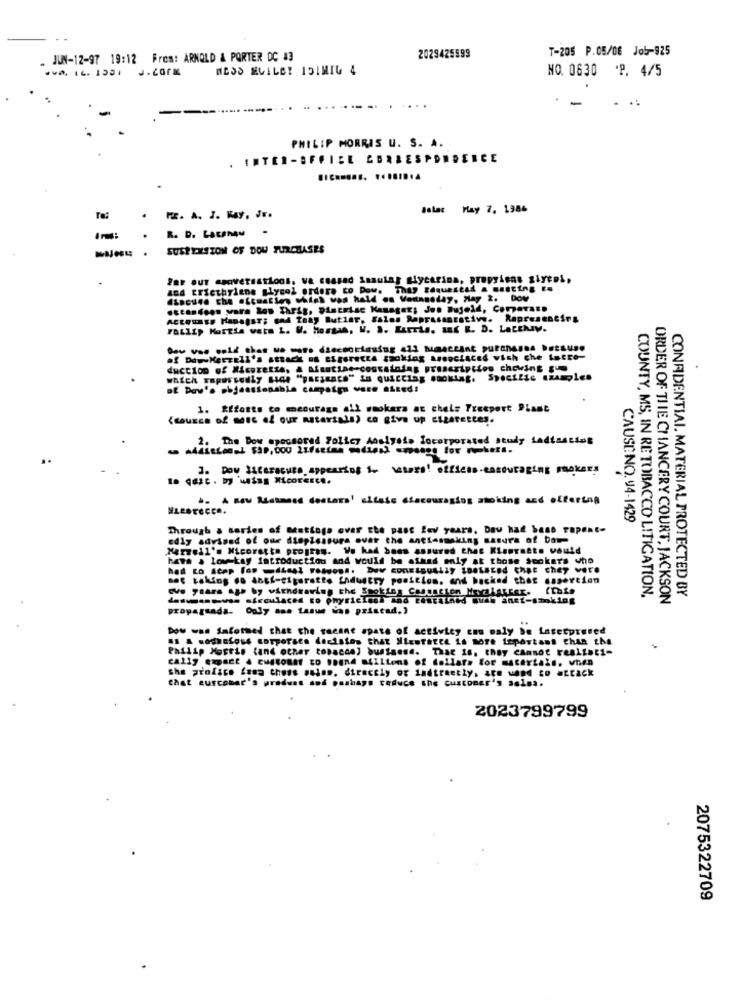
T-205 P.05/06 Job-925
- JUN-12-97 19:12 From: ARNOLD & PORTER DC 43
2029425599
NO. 0630 'P. 4/5
PHILIP MORRIS U. S. A.
. INTER-BFFICE CORRESPONDENCE
......... ........
Solar May 7. 1986
Te:
M. A. J. MAY. J ..
R. D. Lacshou
SUSPENSION OF DOU PURCHASES
Par out seaversations. va ceased Smaulas giycarina, propylene glycol,
and Ericthylene glycol ordore to Dow. They Edqueseat & Busting Es
Estandoon ware low Thris, "semise Manager; Jon Bujeld, Corporano
ACCOUNTS HanaBor; cad tony Butiar, Falon Raprasantetive. Representirs
af DowwMerzell's attack "s esseretta racking areoctaced vish che intro-
duction of Micerette, & Alsstine-containing prescription chowing
which raporsedly side "paramaca" in Quiccing Booking. Specific examples
1. Efforts co mcourage all wmokara at chels Freeport Plast
(source of most of our materials) co give up cigarettes.
2. The Dow spessorad Policy Analysis Incorporated study ladisering
3. Dow Sacaracute appearing 1. waters! offices-encouraging pokers
.- A new Richmed dostars' altais discouraging smoking and offering
CAUSENO. 94-1429
Through a series of Beatings over the past few years, Daw had beso rapent-
edly advised of our displeasure over the antiasmaking Basura of bar
Marzell's Nicorette program. We had bons assured that Kleurnete would
hawh . low-kay introduction and would be athad only at those Sockets who
set taking do anti-cigarette industry position. and backed that assertion
GVe Stars app by withdrawing the Smokies Cassation MexaLARGer.
desianovss sírculaces to phyricles! and contained muah anet-szoking
COUNTY, MS, IN RE TOBACCO LITIGATION,
ORDER OF THE CHANCERY COURT, JACKSON
CONFIDENTIAL. MATERIAL PROTECTED BY
propagsada- Ouly ane tasue was priscad.)
Dow was Informed that the secant spate of activity cnn maly be interpreted
Philip Morris (and other tobacco) butanne. That is, they Cannot realisti-
cally det . customer ED Boon4 millions of dollars for materials. when
the prolice fama those atlon, directly or indirectly, are wand to attack
Čhat eurcobar's produst and pashays reduce the customer's sales.
2023799799
2075322709